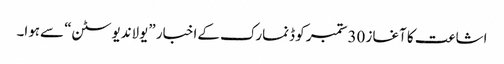
اشاعت کا آغاز 30ستمبر کو ڈنمارک کےاخبار ”یولاندیوسٹن“ سےہوا۔